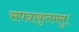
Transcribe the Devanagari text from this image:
सपत्राकृतममु।